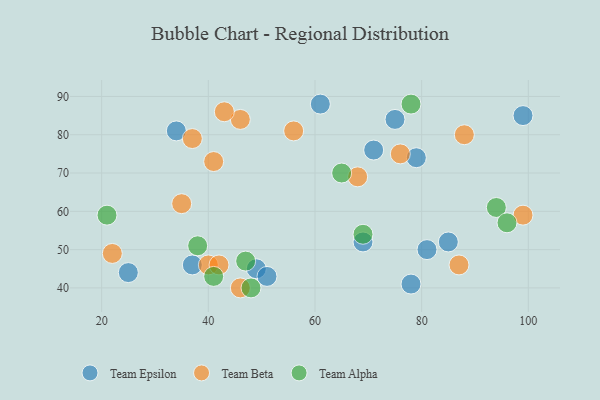
{"axis": {"x": "GDP", "y": "Life Expectancy"}, "legend": ["Team Alpha", "Team Beta", "Team Epsilon"], "data": [{"x": "69", "y": 52, "type": "Team Epsilon"}, {"x": "37", "y": 46, "type": "Team Epsilon"}, {"x": "85", "y": 52, "type": "Team Epsilon"}, {"x": "49", "y": 45, "type": "Team Epsilon"}, {"x": "34", "y": 81, "type": "Team Epsilon"}, {"x": "25", "y": 44, "type": "Team Epsilon"}, {"x": "99", "y": 85, "type": "Team Epsilon"}, {"x": "61", "y": 88, "type": "Team Epsilon"}, {"x": "75", "y": 84, "type": "Team Epsilon"}, {"x": "71", "y": 76, "type": "Team Epsilon"}, {"x": "79", "y": 74, "type": "Team Epsilon"}, {"x": "51", "y": 43, "type": "Team Epsilon"}, {"x": "81", "y": 50, "type": "Team Epsilon"}, {"x": "78", "y": 41, "type": "Team Epsilon"}, {"x": "41", "y": 73, "type": "Team Beta"}, {"x": "87", "y": 46, "type": "Team Beta"}, {"x": "40", "y": 46, "type": "Team Beta"}, {"x": "35", "y": 62, "type": "Team Beta"}, {"x": "76", "y": 75, "type": "Team Beta"}, {"x": "37", "y": 79, "type": "Team Beta"}, {"x": "68", "y": 69, "type": "Team Beta"}, {"x": "42", "y": 46, "type": "Team Beta"}, {"x": "46", "y": 84, "type": "Team Beta"}, {"x": "56", "y": 81, "type": "Team Beta"}, {"x": "46", "y": 40, "type": "Team Beta"}, {"x": "22", "y": 49, "type": "Team Beta"}, {"x": "99", "y": 59, "type": "Team Beta"}, {"x": "88", "y": 80, "type": "Team Beta"}, {"x": "43", "y": 86, "type": "Team Beta"}, {"x": "69", "y": 54, "type": "Team Alpha"}, {"x": "94", "y": 61, "type": "Team Alpha"}, {"x": "21", "y": 59, "type": "Team Alpha"}, {"x": "47", "y": 47, "type": "Team Alpha"}, {"x": "96", "y": 57, "type": "Team Alpha"}, {"x": "65", "y": 70, "type": "Team Alpha"}, {"x": "38", "y": 51, "type": "Team Alpha"}, {"x": "78", "y": 88, "type": "Team Alpha"}, {"x": "41", "y": 43, "type": "Team Alpha"}, {"x": "48", "y": 40, "type": "Team Alpha"}]}